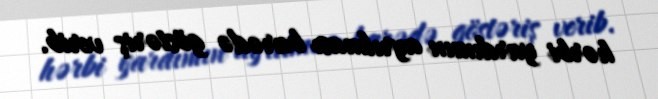
hərbi yardımın ayrılması barədə göstəriş verib.